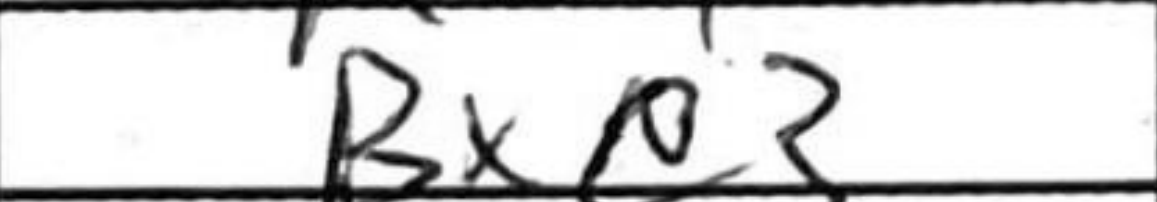
Transcription: Bxe3